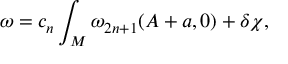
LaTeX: \omega = c _ { n } \int _ { M } \omega _ { 2 n + 1 } ( A + a , 0 ) + \delta \chi ,